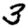
Digit: 3